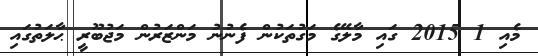
މެއި 1 2015 ގައި މާލޭގެ މަގުތަކުން ފެނުނު މަންޒަރުން މަޖުބޫރީ ޙާލަތުގައި